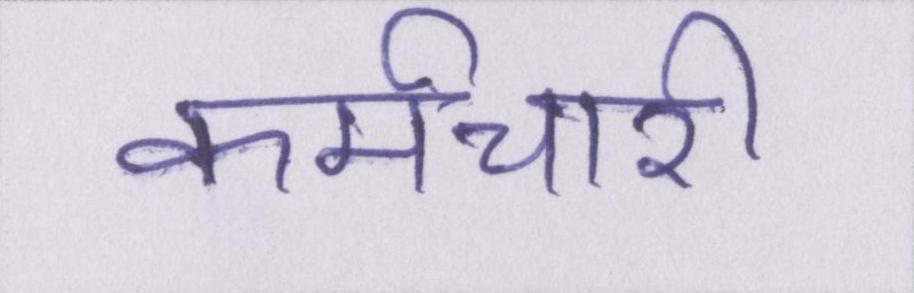
कर्मचारी